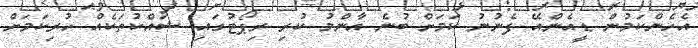
އެހެންކަމުން ޑީއެންއޭ ފެނުނު ކަމަށް ބުނެ އާންމު ކުރި ރިޕޯޓުގައި ޝައްކުތަކެއް ހުރިކަމަށް